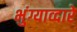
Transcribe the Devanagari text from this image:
भुंग्याव्दारे